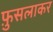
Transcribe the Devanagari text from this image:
फ़ुसलाकर